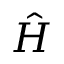
\hat { H }